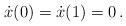
LaTeX: \begin{align*} \dot{x}(0)=\dot{x}(1)=0\,.\end{align*}